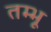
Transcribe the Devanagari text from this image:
तम्भू